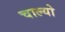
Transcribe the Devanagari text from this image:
चाल्‍यो